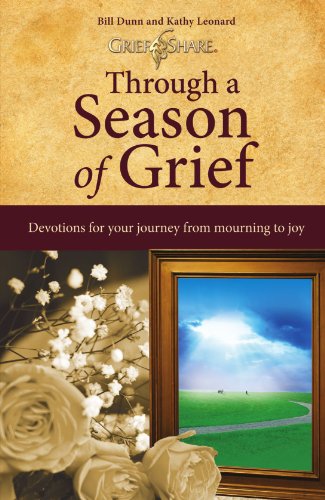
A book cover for Through a Season of Grief: Devotions for Your Journey from Mourning to Joy; Bill Dunn; Self-Help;